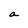
Character: a